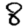
Digit: 8